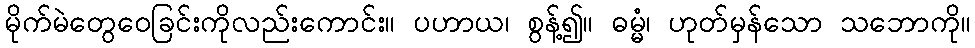
မိုက်မဲတွေဝေခြင်းကိုလည်းကောင်း။ ပဟာယ၊ စွန့်၍။ ဓမ္မံ၊ ဟုတ်မှန်သော သဘောကို။